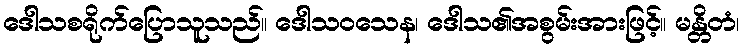
ဒေါသစရိုက်ပြောသူသည်။ ဒေါသဝသေန၊ ဒေါသ၏အစွမ်းအားဖြင့်။ မန္တိတံ၊